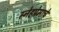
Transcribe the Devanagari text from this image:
स्नेहप्रेमाचे